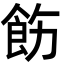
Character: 飭